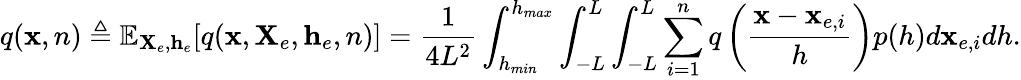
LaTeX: q(\mathbf{x},n)\triangleq\mathbb{E}_{\mathbf{X}_{e},\mathbf{h}_{e}}[q(\mathbf{x},\mathbf{X}_{e},\mathbf{h}_{e},n)]=\frac{1}{4L^{2}}\int_{h_{min}}^{h_{max}}\int_{-L}^{L}\int_{-L}^{L}\sum_{i=1}^{n}q\left(\frac{\mathbf{x}-\mathbf{x}_{e,i}}{h}\right)p(h)d\mathbf{x}_{e,i}dh.